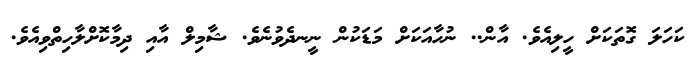
ކަހަލަ ގޮތަކަށް ހީލިއެވެ. އާން.. ނުހާއަކަށް މަޑަކުން ނީނދެވުނެވެ. ޝާމިލް އާއި ދިމާކޮށްލާހިތްވިއެވެ.